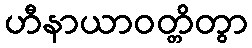
ဟီနာယာဝတ္တိတွာ